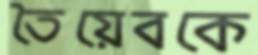
তৈয়েবকে